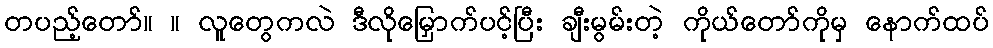
တပည့်တော်။ ။ လူတွေကလဲ ဒီလိုမြှောက်ပင့်ပြီး ချီးမွမ်းတဲ့ ကိုယ်တော်ကိုမှ နောက်ထပ်